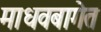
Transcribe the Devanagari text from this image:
माधवबागेत